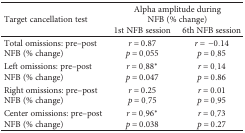
<table><thead><tr><td rowspan="2"><b>Target cancellation test</b></td><td colspan="2"><b>Alpha amplitude during NFB (% change)</b></td></tr><tr><td><b>1st NFB session</b></td><td><b>6th NFB session</b></td></tr></thead><tbody><tr><td>Total omissions: pre–post NFB (% change)</td><td><i>r</i> = 0.87<i>p</i> = 0.055</td><td><i>r</i> = −0.14<i>p</i> = 0.85</td></tr><tr><td>Left omissions: pre–post NFB (% change)</td><td><i>r</i> = 0.88<sup>∗</sup><i>p</i> = 0.047</td><td><i>r</i> = 0.14<i>p</i> = 0.86</td></tr><tr><td>Right omissions: pre–post NFB (% change)</td><td><i>r</i> = 0.25<i>p</i> = 0.75</td><td><i>r</i> = 0.01<i>p</i> = 0.95</td></tr><tr><td>Center omissions: pre–post NFB (% change)</td><td><i>r</i> = 0.96<sup>∗</sup><i>p</i> = 0.038</td><td><i>r</i> = 0.73<i>p</i> = 0.27</td></tr></tbody></table>